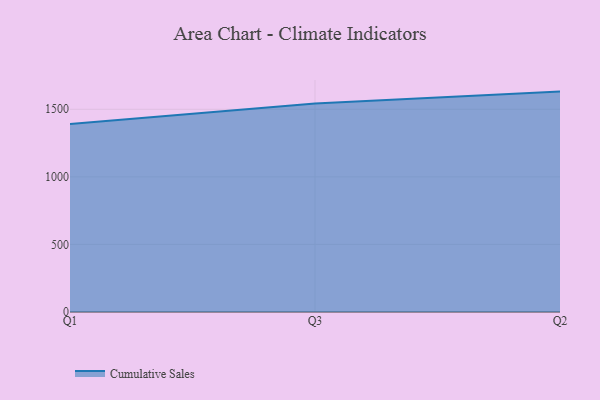
{"axis": {"x": "Quarter", "y": "Shipments"}, "legend": ["Cumulative Sales"], "data": [{"x": "Q1", "y": 1391.4, "type": "Cumulative Sales"}, {"x": "Q3", "y": 1542.0, "type": "Cumulative Sales"}, {"x": "Q2", "y": 1630.8, "type": "Cumulative Sales"}]}